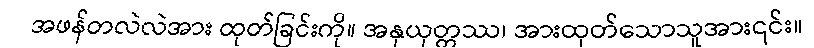
အဖန်တလဲလဲအား ထုတ်ခြင်းကို။ အနုယုတ္တဿ၊ အားထုတ်သောသူအား၎င်း။